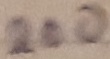
Text: 200